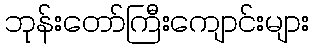
ဘုန်းတော်ကြီးကျောင်းများ